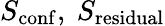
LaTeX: S_{\mathrm{conf}},\ S_{\mathrm{residual}}